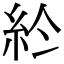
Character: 𥾪